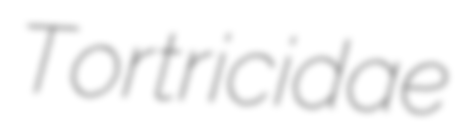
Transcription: Tortricidae